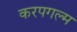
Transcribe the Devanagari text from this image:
करपगल्म